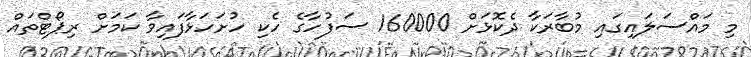
މި މައްސަލަައިގައި މުބާރަކާ ދެކޮޅަށް 160000 ސަފުހާގެ ހެކި ހުށަހަޅާފައިވާ ކަމަށް ރިޕޯޓްތައް